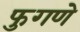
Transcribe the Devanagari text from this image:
फुगणे